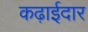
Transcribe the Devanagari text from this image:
कढ़ाईदार